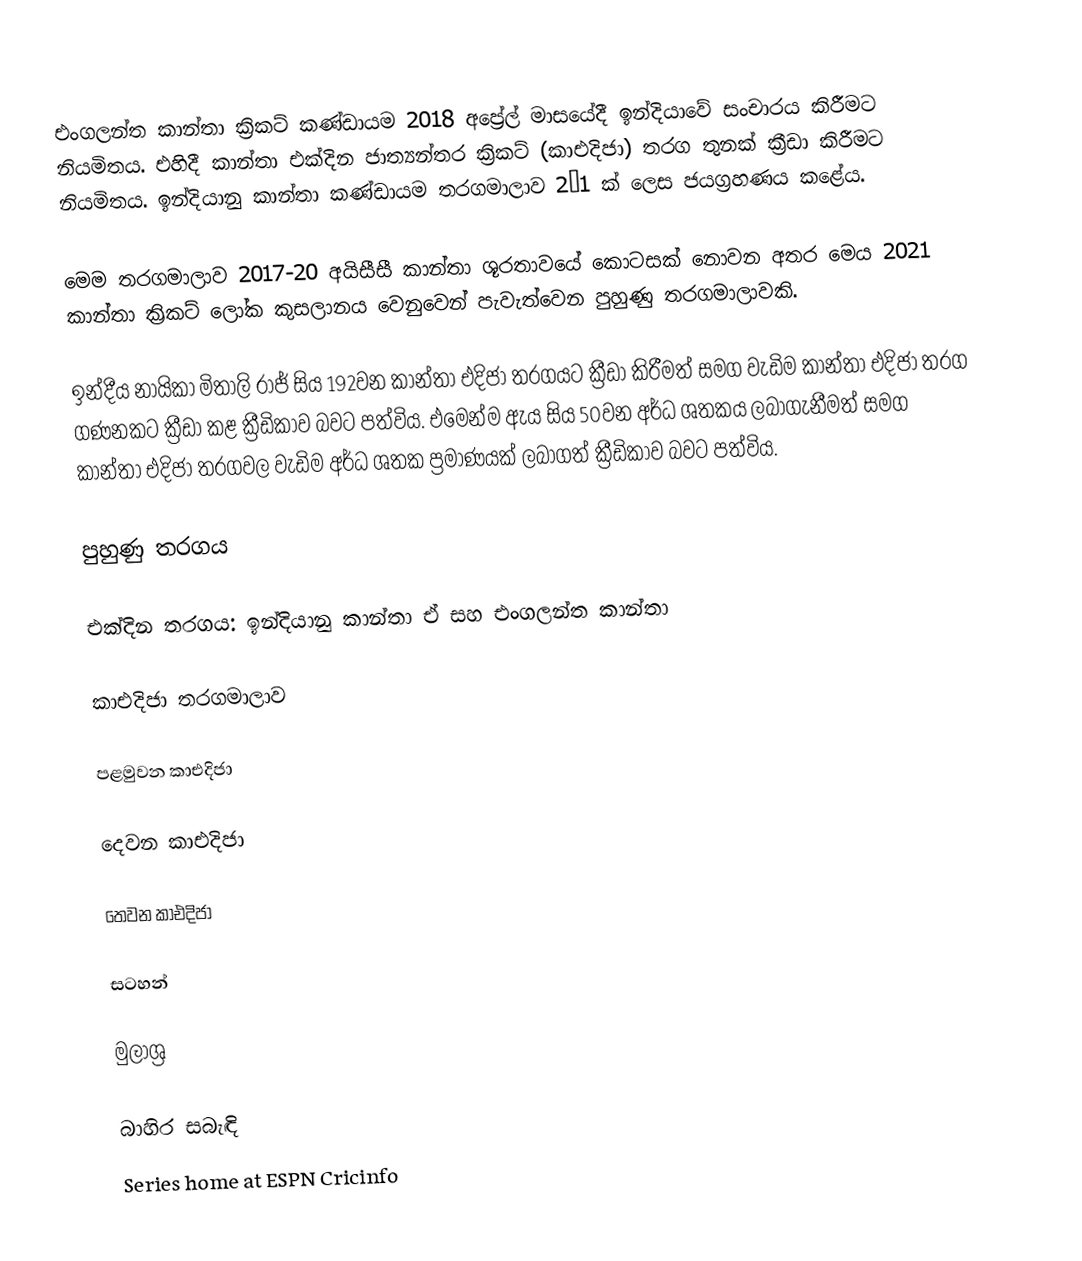
එංගලන්ත කාන්තා ක්‍රිකට් කණ්ඩායම 2018 අප්‍රේල් මාසයේදී ඉන්දියාවේ සංචාරය කිරීමට නියමිතය. එහිදී කාන්තා එක්දින ජාත්‍යන්තර ක්‍රිකට් (කාඑදිජා) තරග තුනක් ක්‍රීඩා කිරීමට නියමිතය. ඉන්දියානු කාන්තා කණ්ඩායම තරගමාලාව 2–1 ක් ලෙස ජයග්‍රහණය කළේය.

මෙම තරගමාලාව 2017-20 අයිසීසී කාන්තා ශූරතාවයේ කොටසක් නොවන අතර මෙය 2021 කාන්තා ක්‍රිකට් ලෝක කුසලානය වෙනුවෙන් පැවැත්වෙන පුහුණු තරගමාලාවකි.

ඉන්දීය නායිකා මිතාලි රාජ් සිය 192වන කාන්තා එදිජා තරගයට ක්‍රීඩා කිරීමත් සමග වැඩිම කාන්තා එදිජා තරග ගණනකට ක්‍රීඩා කළ ක්‍රීඩිකාව බව‍ට පත්විය. එමෙන්ම ඇය සිය 50වන අර්ධ ශතකය ලබාගැනීමත් සමග කාන්තා එදිජා තරගවල වැඩිම අර්ධ ශතක ප්‍රමාණයක් ලබාගත් ක්‍රීඩිකාව බව‍ට පත්විය.

පුහුණු තරගය

එක්දින තරගය: ඉන්දියානු කාන්තා ඒ සහ එංගලන්ත කාන්තා

කාඑදිජා තරගමාලාව

පළමුවන කාඑදිජා

දෙවන කාඑදිජා

තෙවන කාඑදිජා

සටහන්

මුලාශ්‍ර

බාහිර සබැඳි
 Series home at ESPN Cricinfo